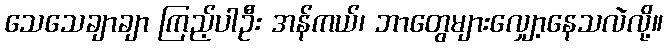
သေသေချာချာ ကြည့်ပါဦး အန်ကယ်၊ ဘာတွေများလျှော့နေသလဲလို့။